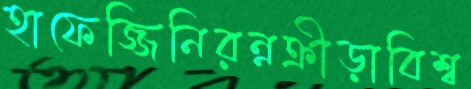
হাফেজ্জিনিরন্নক্রীড়াবিশ্ব